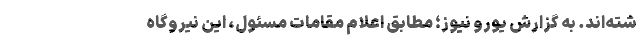
شته‌اند. به گزارش یورو نیوز؛ مطابق اعلام مقامات مسئول، این نیروگاه